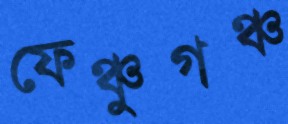
ফেঞ্চুগঞ্চ